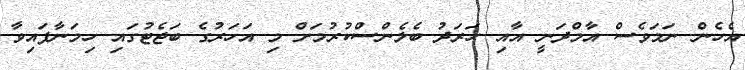
އެހެން ނަމަވެސް އާމްދަނީ އާއި ހަރަދު ބެލެންސްކުރުމަށް މި އަހަރުގެ ބަޖެޓުގައި ހިމަނާފައިވާ